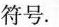
符号.